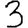
Digit: 3